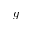
g